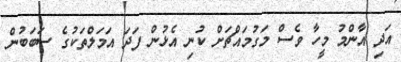
އަދި އާންމު މީހާ ވެސް މަގުމައްޗަށް ކުނި އެޅުން ފަދަ އަމަލްތަކުގެ ސަބަބުން